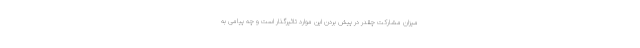
میزان مشارکت چقدر در پیش بردن این موارد تاثیرگذار است و چه پیامی به